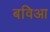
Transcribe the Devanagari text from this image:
बविआ